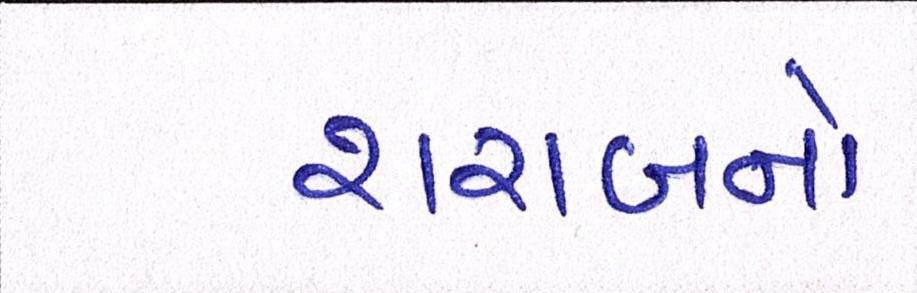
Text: શરાબનો